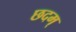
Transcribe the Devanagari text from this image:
छदम्